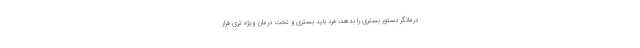
درمانگر دستور بستری را بدهد، فرد باید بستری و تحت درمان ویژه تری قرار